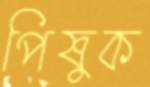
পিষুক